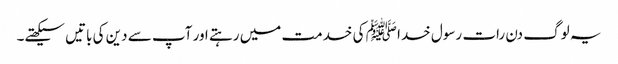
یہ لوگ دن رات رسول خدا ﷺ کی خدمت میں رہتے اور آپ سے دین کی باتیں سیکھتے۔